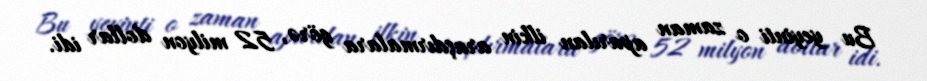
Bu yeyinti o zaman aparılan ilkin araşdırmalara görə, 52 milyon dollar idi.